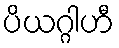
ပိယဂ္ဂါဟီ